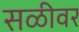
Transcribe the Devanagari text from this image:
सळीवर